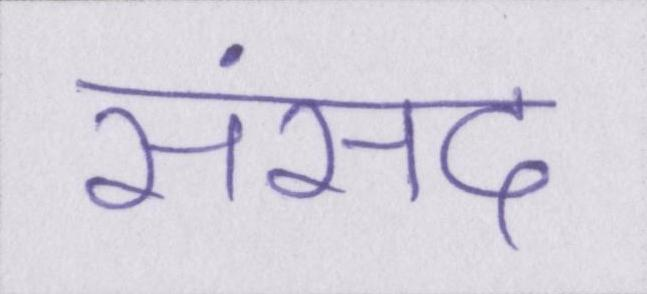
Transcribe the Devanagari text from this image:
संसद